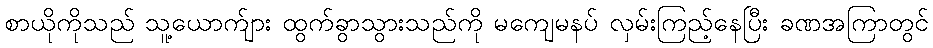
စာယိုကိုသည် သူ့ယောက်ျား ထွက်ခွာသွားသည်ကို မကျေမနပ် လှမ်းကြည့်နေပြီး ခဏအကြာတွင်